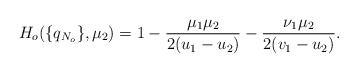
\begin{align*}H_o(\{q_{N_o}\},\mu_2)=1-\frac{\mu_1\mu_2}{2(u_1-u_2)}-\frac{\nu_1\mu_2}{2(v_1-u_2)}.\end{align*}